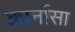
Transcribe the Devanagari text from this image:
कार्नोसा